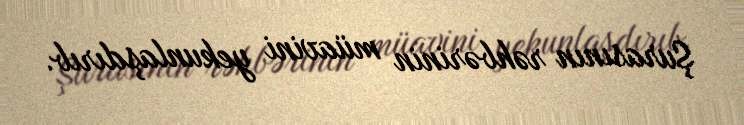
Şurasının rəhbərinin müavini yekunlaşdırıb.